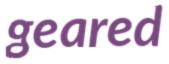
geared